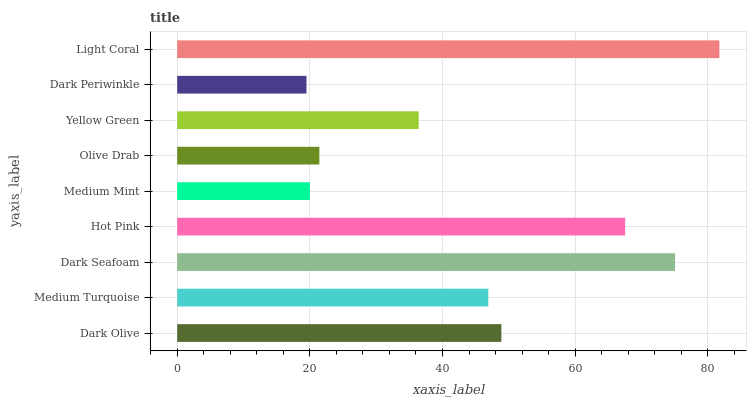
| yaxis_label | bars |
 | --- | --- |
 | Dark Olive | 48.9 |
 | Medium Turquoise | 46.9 |
 | Dark Seafoam | 75.1 |
 | Hot Pink | 67.5 |
 | Medium Mint | 20 |
 | Olive Drab | 21.4 |
 | Yellow Green | 36.4 |
 | Dark Periwinkle | 19.5 |
 | Light Coral | 81.7 |